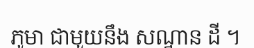
ភូមា ជាមួយនឹង សណ្ឋាន ដី ។